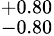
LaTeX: ^{+0.80}_{-0.80}